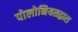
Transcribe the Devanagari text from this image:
पोलोनियसद्वारा